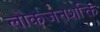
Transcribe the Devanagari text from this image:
लोकजनशक्ति